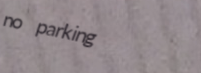
no parking